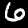
Digit: 6